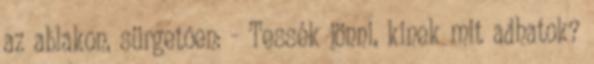
az ablakon, sürgetõen: - Tessék jönni, kinek mit adhatok?